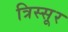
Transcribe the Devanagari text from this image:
त्रिस्सूर